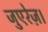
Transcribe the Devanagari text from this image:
जुएरेज़।